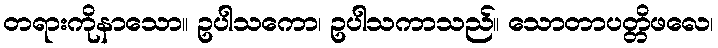
တရားကိုနာသော။ ဥပါသကော၊ ဥပါသကာသည်။ သောတာပတ္တိဖလေ၊